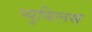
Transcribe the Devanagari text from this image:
प्युबिलस